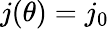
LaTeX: j(\theta)=j_{0}